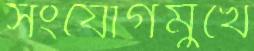
সংযোগমুখে